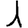
Digit: 1